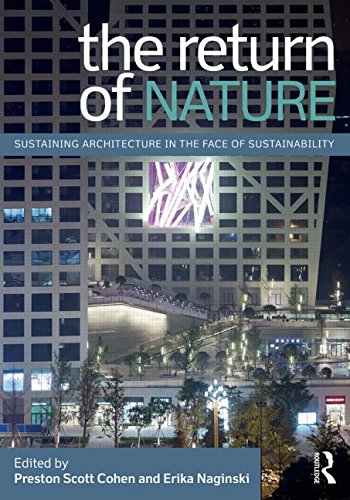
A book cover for The Return of Nature: Sustaining Architecture in the Face of Sustainability; Crafts, Hobbies & Home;